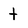
Character: t